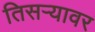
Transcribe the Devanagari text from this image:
तिसऱ्यावर